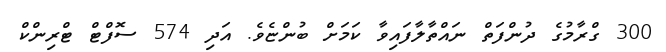
300 ގްރާމުގެ ދުންފަތް ނައްތާލާފައިވާ ކަމަށް ބުންޏެވެ. އަދި 574 ސޮފްޓް ޓްރިންކް